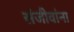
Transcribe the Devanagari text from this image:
संजीवांना